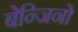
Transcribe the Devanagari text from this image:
बेन्जिनो